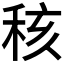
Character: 𥞨